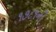
૧૭૮૧ની